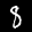
Label: 8